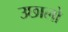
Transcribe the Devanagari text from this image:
उछालो